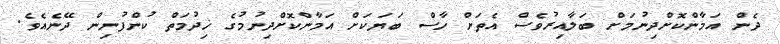
ދެން އަމާންކޮށްދިނުމަށް ބަލާއިރުވެސް އެތަށް ހާސް ބަޔަކަށް އަމާންކޮށްދިނުމުގެ ޚިދުމަތް ކުންފުނިން ދޭނެއެވެ.